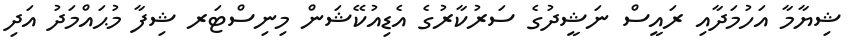
ޝިޔާމާ އަހުމަދާއި ރައީސް ނަޝީދުގެ ސަރުކާރުގެ އެޑިއުކޭޝަން މިނިސްޓަރ ޝިފާ މުޙައްމަދު އަދި